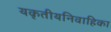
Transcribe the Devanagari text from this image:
यकृतीयनिवाहिका